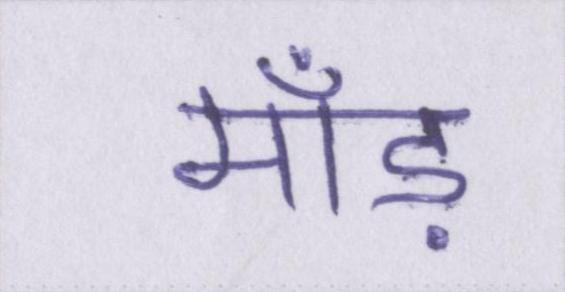
माँड़